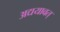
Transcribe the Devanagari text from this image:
अद्ययावत्